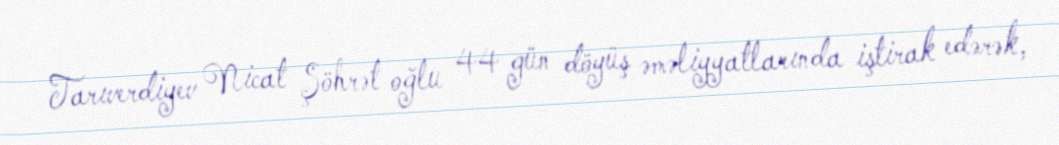
Tarıverdiyev Nicat Şöhrət oğlu 44 gün döyüş əməliyyatlarında iştirak edərək,